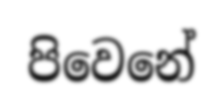
පිවෙනේ